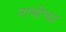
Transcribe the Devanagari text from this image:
नाभींच्या